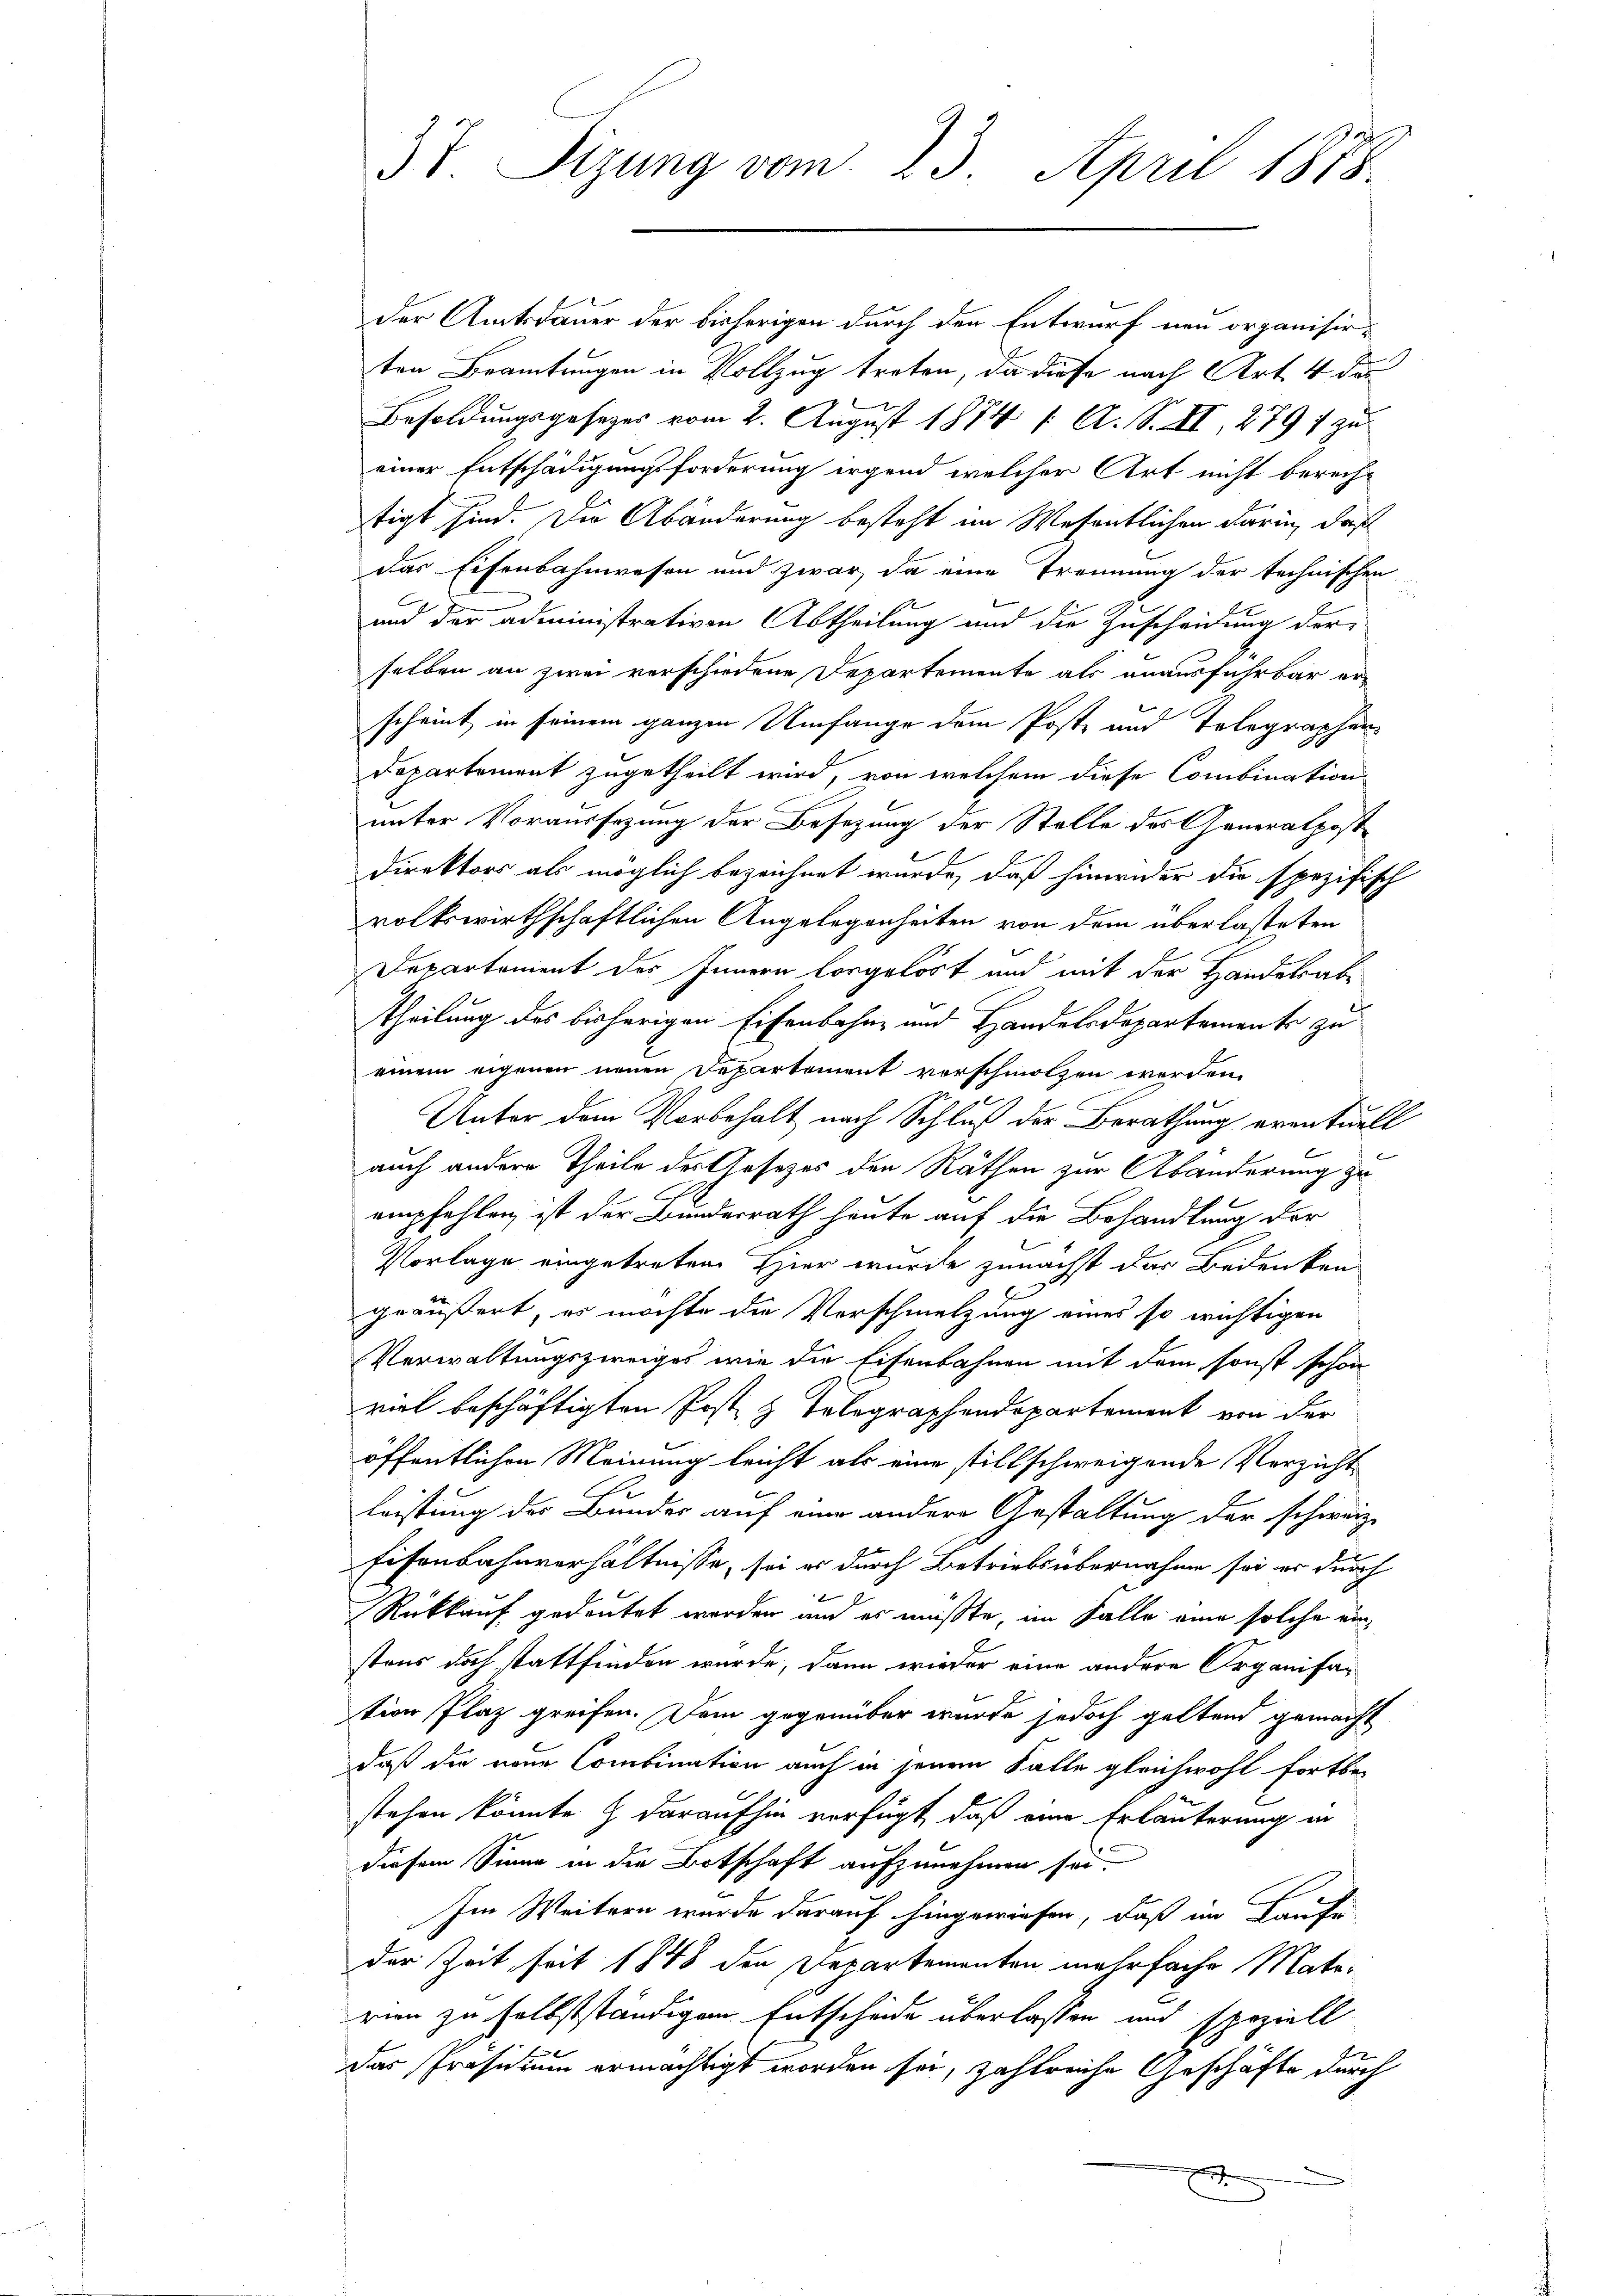
37. Sizung vom 23. April 1878.

der Amtsdauer der bisherigen durch den Entwurf neu organisir-
ten Beamtungen in Vollzug treten, da diese nach Art. 4 das
Besoldungsgesezes vom 2. August 1874 f. A. S. II 279 f zu
einer Entschädigungsforderung irgend welcher Art nicht berechtigt sind. Die Abänderung besteht im Wesentlichen darin, daß
das Eisenbahnwesen und zwar, da eine Trennung der technischen
und der administrativen Abtheilung und die Zuscheidung der
selben an zwei verschiedene Departemente als anausführbar er-
scheint in seinem ganzen Umfange dem Poste und Telegraphen¬
Departement zugetheilt wird, von welchem diese Combination
unter Voraussezung der Besezung der Stelle des Generalpost¬
Direktors als möglich bezeichnet wurde, daß hinwider die spezifisch
rolkswirthschaftlichen Angelegenheiten von dem überlasteten
Departement des Innern vorgelöst und mit der Handelsabtheilung des bisherigen Eisenbahn- und Handelsdepartemente zu
einem eigenen neuen Departement verschmolzen werden.
Unter dem Vorbehalt nach Schluß der Berathung eventuell
auch andere Theile des Gesetzes den Räthen zur Abänderung zu
C
empfehlen, ist der Bundesrath heute auf die Behandlung der
Vorlage eingetreten. Hier wurde zunächst das Bedenken
E
geäußert, es möchte die Verschmelzung eines so wichtigen
Verwaltungszweiges wie die Eisenbahnen mit dem sonst schon
viel beschäftigten Post & Telegraphendepartement von der
öffentlichen Meinung leicht als eine stillschweigende Verzicht
leistung der Bundes auf eine andere Gestaltung der schweiz.
Eisenbahnverhältnisse, sei es durch Betriebsübernahme sei er durch
Rückkauf gedeutet worden und es müßte, im Falle eine solche verstons doch stattfinden wurde, dann wieder eine andere Organisation Plaz greifen. Dem gegenüber wurde jedoch geltend gemacht
daß die neue Combination auch in jenem Falle gleichwohl fortbe-
stehen könnte & daraufhin verfügt, daß eine Erläuterung in
diesem Sinne in die Botschaft aufzunehmen sei.
Im Weitern wurde darauf hingewiesen, daß im Laufe
der Zeit seit 1848 den Departementen mehrfache Mate-
rien zu selbstständigen Entscheide überlassen und speziell
das Präsidium ermächtigt worden sei, zahlreiche Geschäfte durch
x